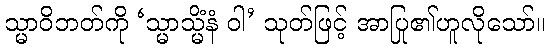
သ္မာဝိဘတ်ကို ‘သ္မာသ္မိံနံ ဝါ’ သုတ်ဖြင့် အာပြု၏ဟူလိုသော်။